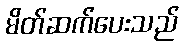
မိတ်ဆက်ပေးသည်